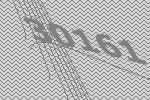
30161